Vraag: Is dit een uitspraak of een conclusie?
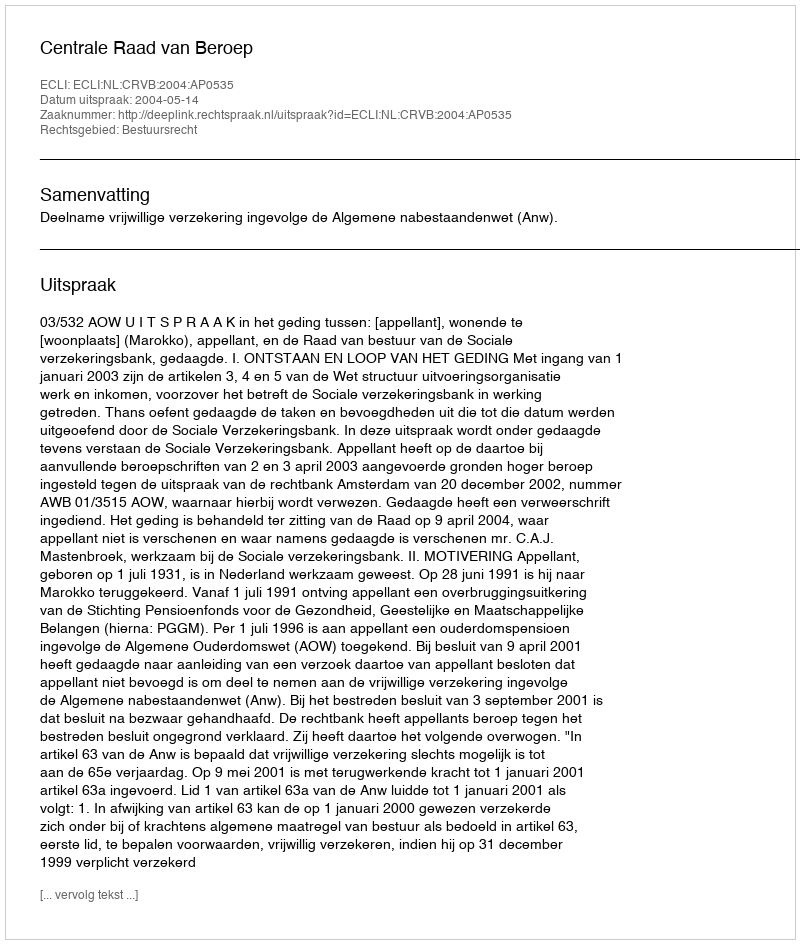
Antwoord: Uitspraak